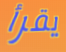
يقرأ